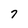
Character: 7